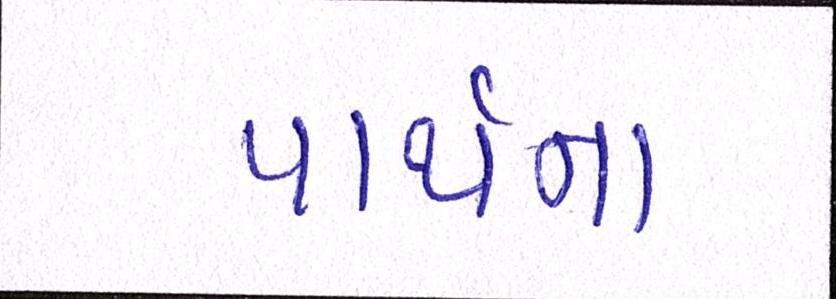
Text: પાર્થના